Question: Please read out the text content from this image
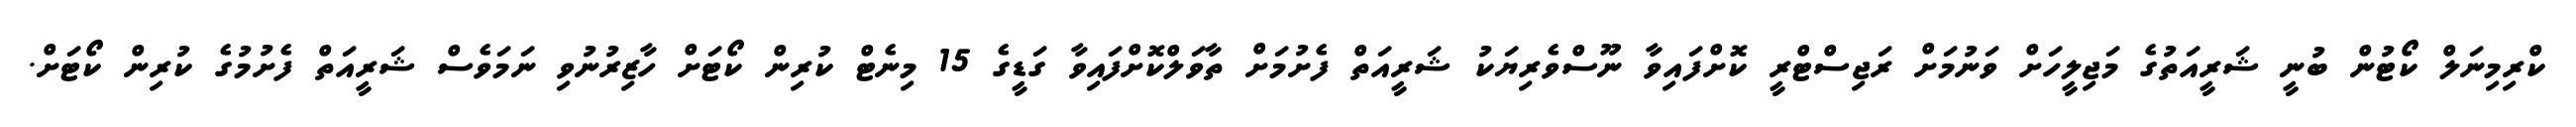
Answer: ކްރިމިނަލް ކޯޓުން ބުނީ ޝަރީއަތުގެ މަޖިލީހަށް ވަނުމަށް ރަޖިސްޓްރީ ކޮށްފައިވާ ނޫސްވެރިޔަކު ޝަރީއަތް ފެށުމަށް ތާވަލްކޮށްފައިވާ ގަޑީގެ 15 މިނެޓް ކުރިން ކޯޓަށް ހާޒިރުނުވި ނަމަވެސް ޝަރީއަތް ފެށުމުގެ ކުރިން ކޯޓަށް.